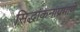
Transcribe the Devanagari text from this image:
सिद्धांकनाप्रमाणे